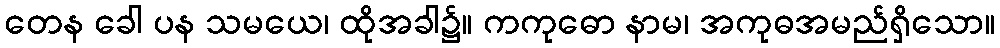
တေန ခေါ ပန သမယေ၊ ထိုအခါ၌။ ကကုဓော နာမ၊ အကုဓအမည်ရှိသော။